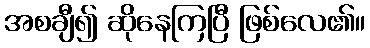
အစချီ၍ ဆိုနေကြပြီ ဖြစ်လေ၏။